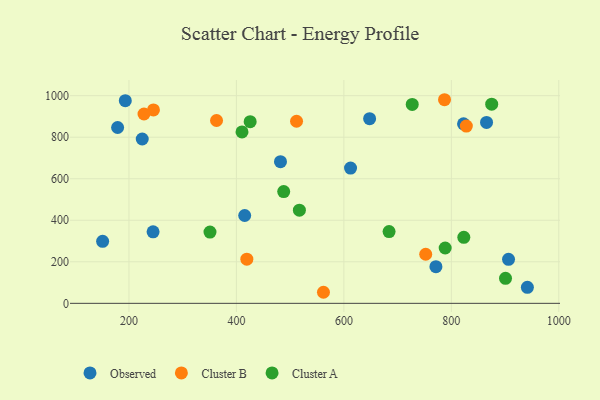
{"axis": {"x": "Study Hours", "y": "Exam Score"}, "legend": ["Cluster A", "Cluster B", "Observed"], "data": [{"x": "415.4", "y": 422.9, "type": "Observed"}, {"x": "151.0", "y": 298.6, "type": "Observed"}, {"x": "822.7", "y": 864.5, "type": "Observed"}, {"x": "647.9", "y": 889.1, "type": "Observed"}, {"x": "244.9", "y": 344.2, "type": "Observed"}, {"x": "612.4", "y": 651.6, "type": "Observed"}, {"x": "224.7", "y": 791.4, "type": "Observed"}, {"x": "865.5", "y": 871.3, "type": "Observed"}, {"x": "941.5", "y": 77.3, "type": "Observed"}, {"x": "178.9", "y": 846.7, "type": "Observed"}, {"x": "193.2", "y": 976.0, "type": "Observed"}, {"x": "482.0", "y": 682.3, "type": "Observed"}, {"x": "906.4", "y": 211.9, "type": "Observed"}, {"x": "771.3", "y": 176.5, "type": "Observed"}, {"x": "752.3", "y": 236.4, "type": "Cluster B"}, {"x": "787.3", "y": 980.5, "type": "Cluster B"}, {"x": "245.6", "y": 931.3, "type": "Cluster B"}, {"x": "562.0", "y": 53.3, "type": "Cluster B"}, {"x": "511.9", "y": 876.9, "type": "Cluster B"}, {"x": "419.4", "y": 212.9, "type": "Cluster B"}, {"x": "228.0", "y": 911.8, "type": "Cluster B"}, {"x": "827.9", "y": 853.6, "type": "Cluster B"}, {"x": "363.0", "y": 880.5, "type": "Cluster B"}, {"x": "823.2", "y": 317.9, "type": "Cluster A"}, {"x": "425.6", "y": 874.9, "type": "Cluster A"}, {"x": "788.5", "y": 266.6, "type": "Cluster A"}, {"x": "727.2", "y": 957.9, "type": "Cluster A"}, {"x": "900.8", "y": 120.7, "type": "Cluster A"}, {"x": "488.0", "y": 538.2, "type": "Cluster A"}, {"x": "684.1", "y": 345.8, "type": "Cluster A"}, {"x": "517.2", "y": 448.6, "type": "Cluster A"}, {"x": "875.1", "y": 959.2, "type": "Cluster A"}, {"x": "410.4", "y": 825.3, "type": "Cluster A"}, {"x": "350.8", "y": 343.1, "type": "Cluster A"}]}